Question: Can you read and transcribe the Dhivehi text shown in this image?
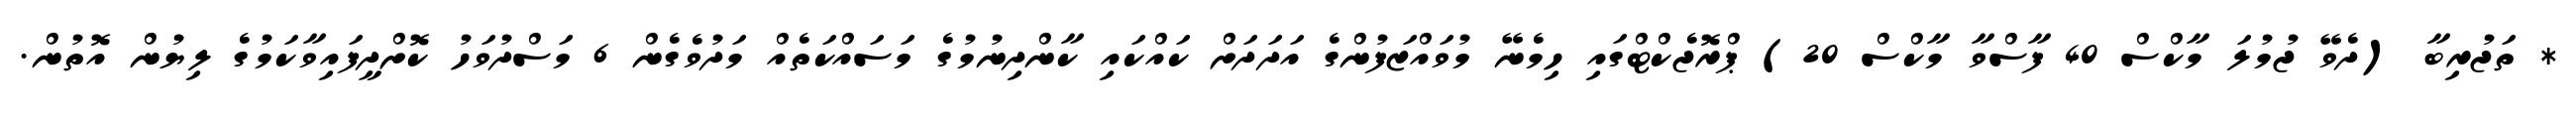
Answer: * ތަޖުރިބާ (ދެވޭ ޖުމުލަ މާކްސް 40 ފާސްވާ މާކްސް 20) ޕްރޮޖެކްޓްގައި ހިމެނޭ މުވައްޒަފުންގެ އަދަދަށް ކައްކައި ކާންދިނުމުގެ މަސައްކަތެއް މަދުވެގެން 6 މަސްދުވަހު ކޮށްދީފައިވާކަމުގެ ލިޔުން އޮތުން.